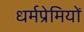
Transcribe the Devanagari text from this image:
धर्मप्रेमियों